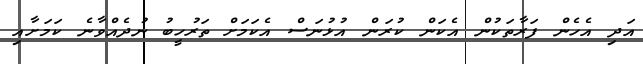
އަދި އެހެން ފަރާތަކުން އެކަން ކުރަން އުޅުނަސް އެކަމަށް ތަރުހީބު ނުދެއްވާނެ ކަމަށާއި